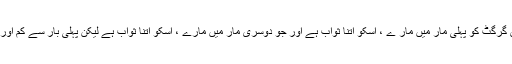
1501: سیدنا ابو ہریرہؓ کہتے ہیں کہ رسول اللہﷺ نے فرمایا کہ جو شخص گرگٹ کو پہلی مار میں مار ے ، اسکو اتنا ثواب ہے اور جو دوسری مار میں مارے ، اسکو اتنا ثواب ہے لیکن پہلی بار سے کم اور جو تیسری مار میں مار ے ، اسکو اتنا ثواب ہے لیکن دوسری بار سے کم۔